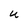
Character: U